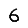
Digit: 6